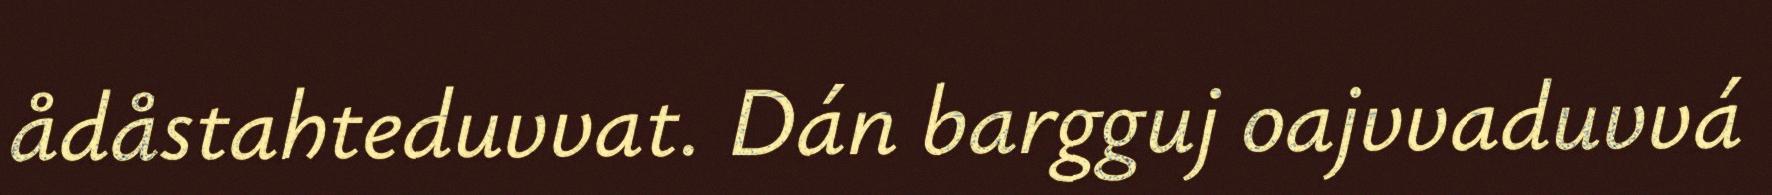
ådåstahteduvvat. Dán bargguj oajvvaduvvá